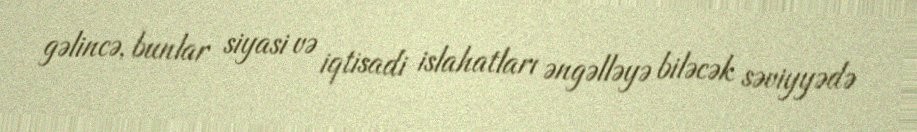
gəlincə, bunlar siyasi və iqtisadi islahatları əngəlləyə biləcək səviyyədə